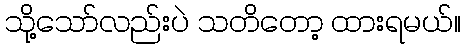
သို့သော်လည်းပဲ သတိတော့ ထားရမယ်။